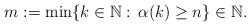
LaTeX: \begin{align*}m:=\min\{k\in\mathbb{N}:\,\alpha(k)\ge n\}\in\mathbb{N}.\end{align*}